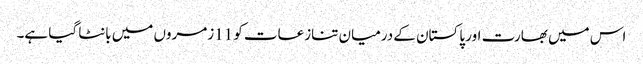
اس میں بھارت اور پاکستان کے درمیان تنازعات کو 11زمروں میں بانٹا گیا ہے۔